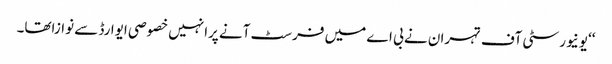
‘‘یونیورسٹی آف تہران نے بی اے میں فرسٹ آنے پرانہیں خصوصی ایوارڈ سے نوازاتھا۔